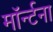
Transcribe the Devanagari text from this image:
मॉर्न्टना